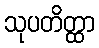
သုပတိတ္ထာ